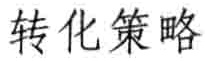
转化策略